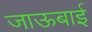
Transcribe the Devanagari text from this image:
जाऊबाई